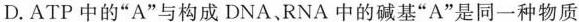
D. ATP中的”A”与构成DNA、RNA中的碱基”A”是同一种物质